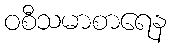
ဝစီသမာစာရေန